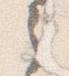
之